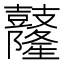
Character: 𪔴